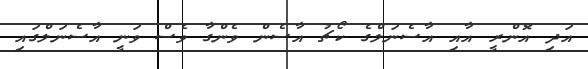
އަދި އޮންރީ އާއި އާސެނަލްގެ ކޯޗު އާސެން ވެންގާ ވެސް ވަނީ އާސެނަލްގައި